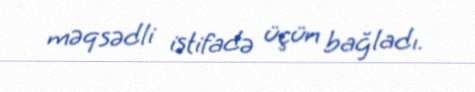
məqsədli istifadə üçün bağladı.